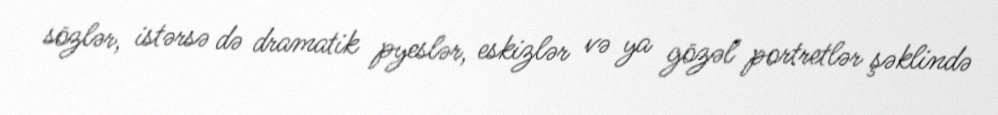
sözlər, istərsə də dramatik pyeslər, eskizlər və ya gözəl portretlər şəklində